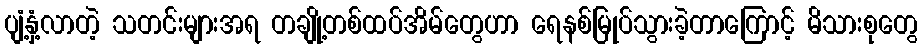
ပျံ့နှံ့လာတဲ့ သတင်းများအရ တချို့တစ်ထပ်အိမ်တွေဟာ ရေနစ်မြုပ်သွားခဲ့တာကြောင့် မိသားစုတွေ